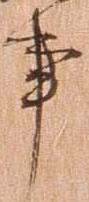
事